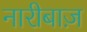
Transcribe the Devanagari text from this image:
नारीबाज़